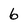
Character: 6